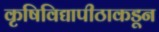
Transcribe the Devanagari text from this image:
कृषिविद्यापीठाकडून